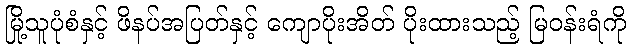
မြို့သူပုံစံနှင့် ဖိနပ်အပြတ်နှင့် ကျောပိုးအိတ် ပိုးထားသည့် မြဝန်းရံကို